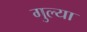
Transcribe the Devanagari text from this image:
गुल्या